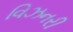
વિઝનરી